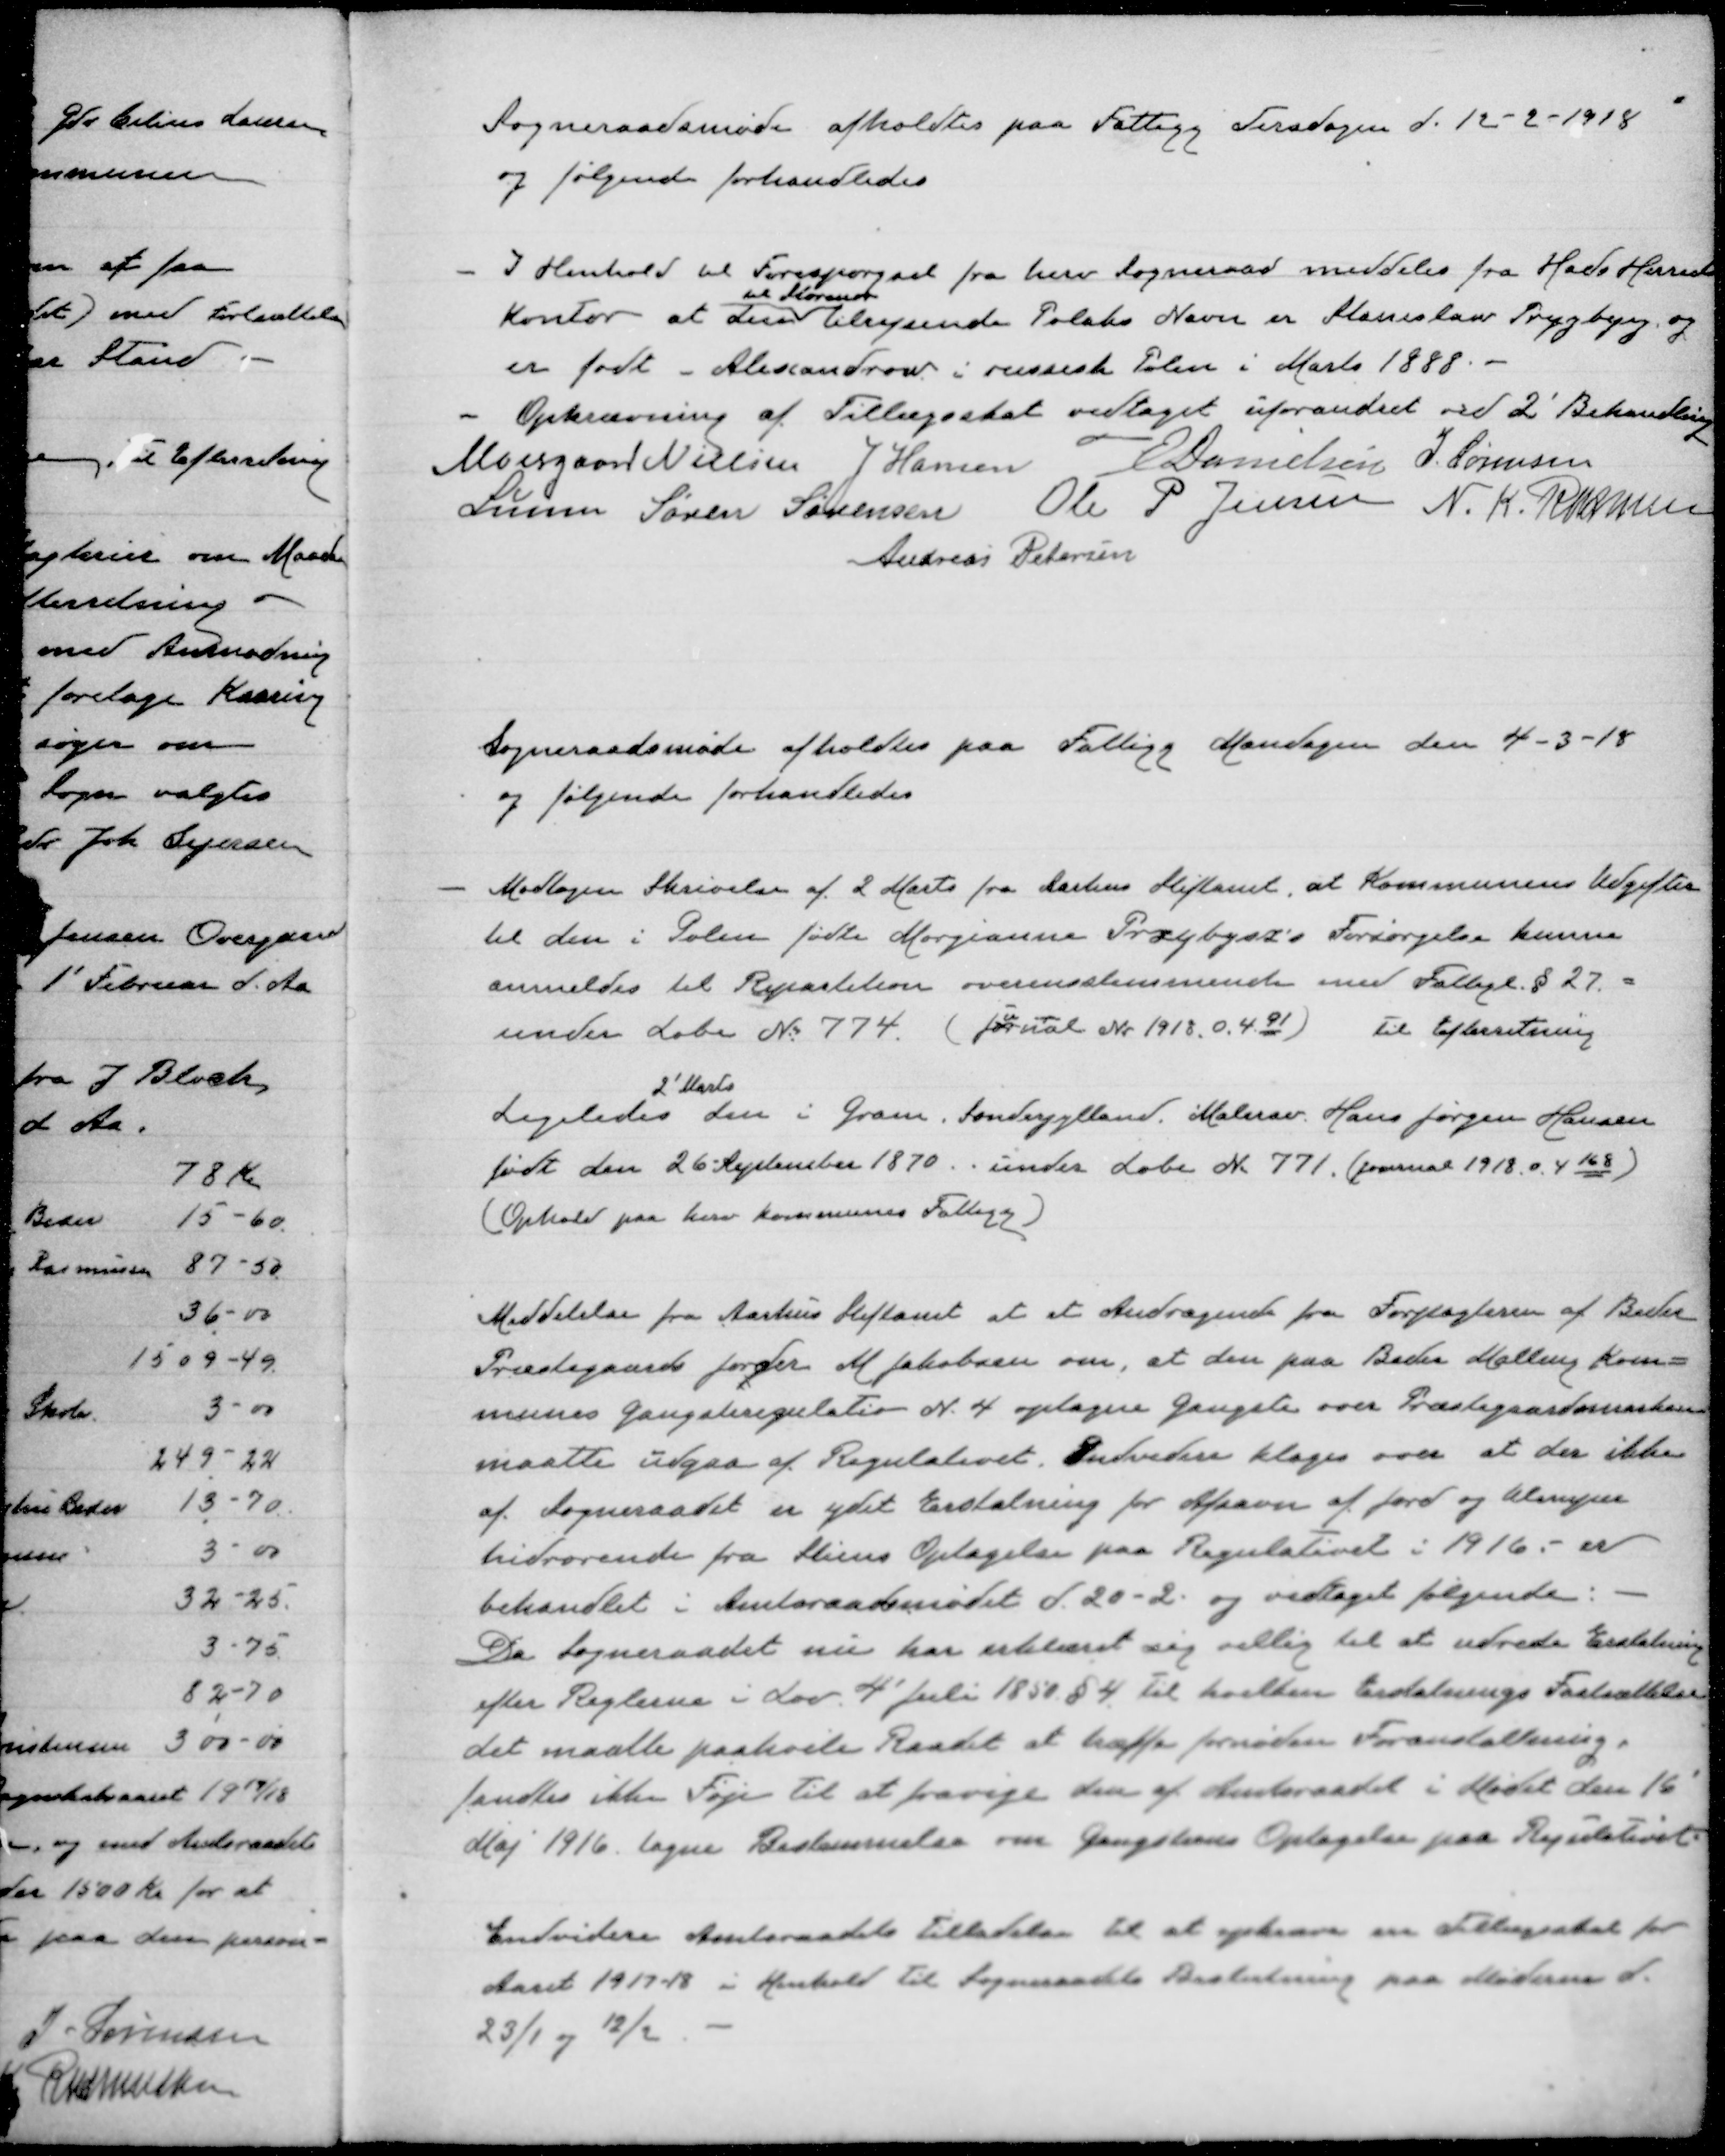
Transskription:
Sogneraadsmøde afholdtes paa Fattigg Tirsdagen d. 12-2-1918
og følgende forhandledes
I Henhold til Forespørgsel fra herv Sogneraad meddeles fra Hads Herreds
kontor at den
til Storenor
tilrejsende Polaks Navn er Stanislaw Prygbyg, og
er født Alessandrow i russisk Polen i Marts 1888.
Opkrævning af Tillægsskat vedtaget uforandret ved 2' Behandling
Moesgaard Nielsen J Hansen E Danielsen J Sørensen
Lunn Søren Sørensen Ole P Jensen N. K. Rasmussen
Andreas Petersen

Sogneraadsmøde afholdtes paa Fattigg Mandagen den 4-3-18
og følgende forhandledes
Modtagen Skrivelse af 2 Marts fra Aarhus Stiftamt, at Kommunens Udgifter
til den i Polen fødte Morgianne Przybysz's Forsørgelse kunne
anmeldes til Repartition overensstemmende med Fattigl. § 27 =
under Lobe № 774 (jo
u
rnal Nr 1918 0.4.91)
til Efterretning
Ligeledes
2' Marts
den i Gram, Sønderjylland. Malersv. Hans Jørgen Hansen
født den 26 September 1870. . under Lobe № 771 (journal 1918.0.4.168)
(Ophold paa hver kommunes Fattigg)
Meddelelse fra Aarhus Stiftamt at et Andragende fra Forpagteren af Beder
Præstegaards jorder M Jakobsen om, at den paa Beder Malling Kom=
munes gangstiregulativ N. 4 optagne gangsti over Præstegaardsmarken
maatte udgaa af Regulativet. Endvidere klages over at der ikke
af Sogneraadet er ydet Erstatning for Afsavn af Jord og ulemper
hidrørende fra stiens Optagelse paa Regulativet i 1916.- er
behandlet i Amtsraadsmødet d 20-2 og vedtaget følgende:
Da Sogneraadet nu har erklæret sig villig til at udrede Erstatning
efter Reglerne i Lov 4' Juli 1854 §4 Til hvilken Erstatnings Fastsættelse
det maatte paahvile Raadet af træffe fornøden Foranstaltning.
fandtes ikke Føje til at fravige den af Amtsraadet i Mødet den 16'
Maj 1916 tagne Bestemmelse om Gangstiens Optagelse paa Regulativet.
Endvidere Amtsraadets Tilladelse til at opkræve en Tillægsskat for
Aaret 1917-18 i Henhold til Sogneraadets Beslutning paa møderne d.
23/1 og 12/2.